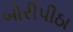
બોરીપીઠા